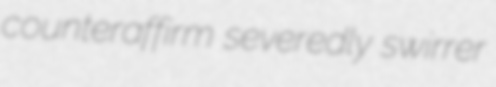
counteraffirm severedly swirrer